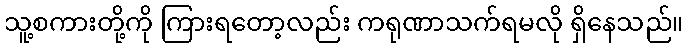
သူ့စကားတို့ကို ကြားရတော့လည်း ကရုဏာသက်ရမလို ရှိနေသည်။